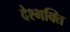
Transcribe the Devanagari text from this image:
देश्भक्ति